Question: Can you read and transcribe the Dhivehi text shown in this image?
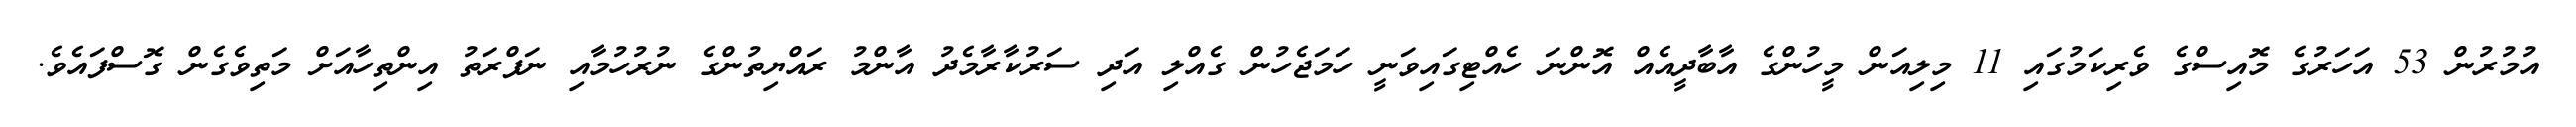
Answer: އުމުރުން 53 އަހަރުގެ މޮއިސްގެ ވެރިކަމުގައި 11 މިލިއަން މީހުންގެ އާބާދީއެއް އޮންނަ ހެއްޓިގައިވަނީ ހަމަޖެހުން ގެއްލި އަދި ސަރުކާރާމެދު އާންމު ރައްޔިތުންގެ ނުރުހުމާއި ނަފްރަތު އިންތިހާއަށް މަތިވެގެން ގޮސްފައެވެ.